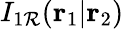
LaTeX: I_{1\mathcal{R}}(\mathbf{{r}}_{1}|\mathbf{{r}}_{2})